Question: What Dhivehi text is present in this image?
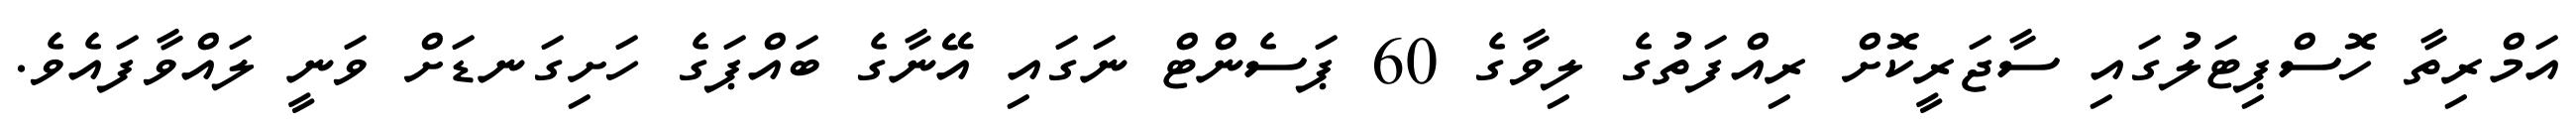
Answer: އަމްރިތާ ހޮސްޕިޓަލުގައި ސާޖަރީކޮށް ރިއްފަތުގެ ލިވާގެ 60 ޕަސެންޓް ނަގައި އޭނާގެ ބައްޕަގެ ހަށިގަނޑަށް ވަނީ ލައްވާފައެވެ.